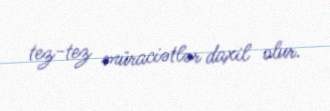
tez-tez müraciətlər daxil olur.